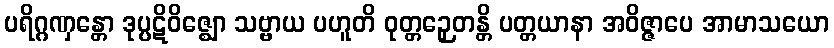
ပရိဂ္ဂဏှန္တော ဒုပ္ပဋိဝိဇ္ဈော သဗ္ဗာယ ပဟူတိ ဝုတ္တဉှေတန္တိ ပတ္တယာနာ အဝိဇ္ဇာပေ အာမာသယော